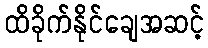
ထိခိုက်နိုင်ချေအဆင့်